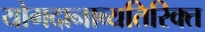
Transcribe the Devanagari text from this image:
योगदानाव्यतिरिक्त